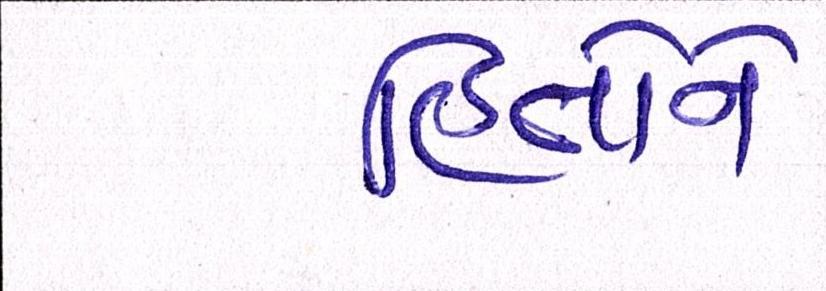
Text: હિતોને